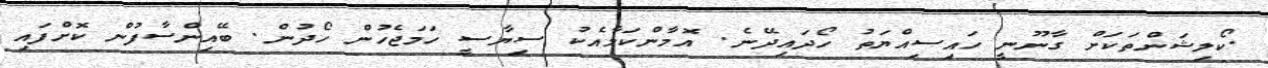
.ކޯލިޝަންތަކަށް ގާނޫނީ ހައިސިއްޔަތު ހޯދައިދޭނެ. އޮމާންކަމާއެކު ސިޔާސީ ހަމަޖެހުން ހޯދުން. ބޭއިންސާފުން ކޮށްފައި